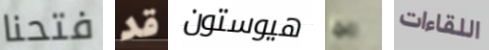
فتحنا قد هيوستون ربما اللقاءات